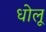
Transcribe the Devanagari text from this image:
धोलू